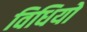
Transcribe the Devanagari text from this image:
विधियो